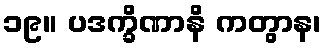
၁၉။ ပဒက္ခိဏာနိ ကတွာန၊